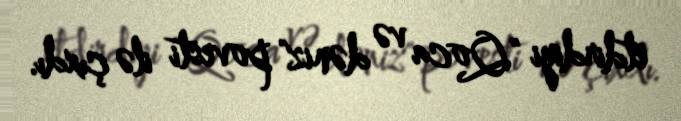
etdirdiyi "Qoca və dəniz" povesti ilə çıxdı.